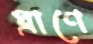
ঘ্রাণে